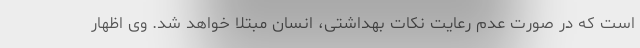
است که در صورت عدم رعایت نکات بهداشتی، انسان مبتلا خواهد شد. وی اظهار